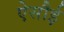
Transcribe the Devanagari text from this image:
ऐसौई